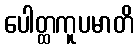
ပေါတ္ထကူပမာတိ